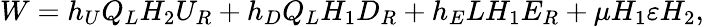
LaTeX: W=h_{U}Q_{L}H_{2}U_{R}+h_{D}Q_{L}H_{1}D_{R}+h_{E}LH_{1}E_{R}+\mu H_{1}\varepsilon H_{2},